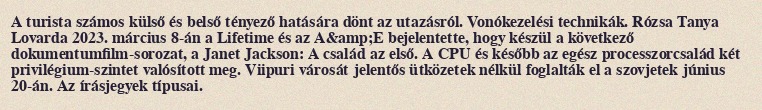
A turista számos külső és belső tényező hatására dönt az utazásról. Vonókezelési technikák. Rózsa Tanya Lovarda 2023. március 8-án a Lifetime és az A&amp;E bejelentette, hogy készül a következő dokumentumfilm-sorozat, a Janet Jackson: A család az első. A CPU és később az egész processzorcsalád két privilégium-szintet valósított meg. Viipuri városát jelentős ütközetek nélkül foglalták el a szovjetek június 20-án. Az írásjegyek típusai.